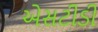
એસટીડી